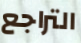
التراجع